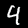
Label: 4